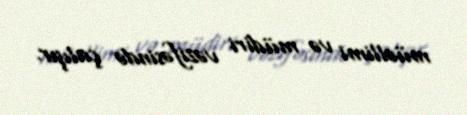
müəllimi və müdiri vəzifəsində çalışır.